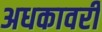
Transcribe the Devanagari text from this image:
अधकावरी